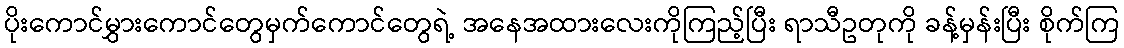
ပိုးကောင်မွှားကောင်တွေမှက်ကောင်တွေရဲ့ အနေအထားလေးကိုကြည့်ပြီး ရာသီဥတုကို ခန့်မှန်းပြီး စိုက်ကြ